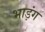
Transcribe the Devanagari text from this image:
भाड़ंग